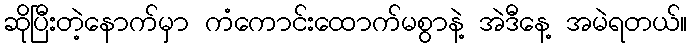
ဆိုပြီးတဲ့နောက်မှာ ကံကောင်းထောက်မစွာနဲ့ အဲဒီနေ့ အမဲရတယ်။